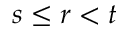
s \leq r < t